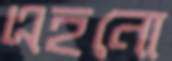
এহনো